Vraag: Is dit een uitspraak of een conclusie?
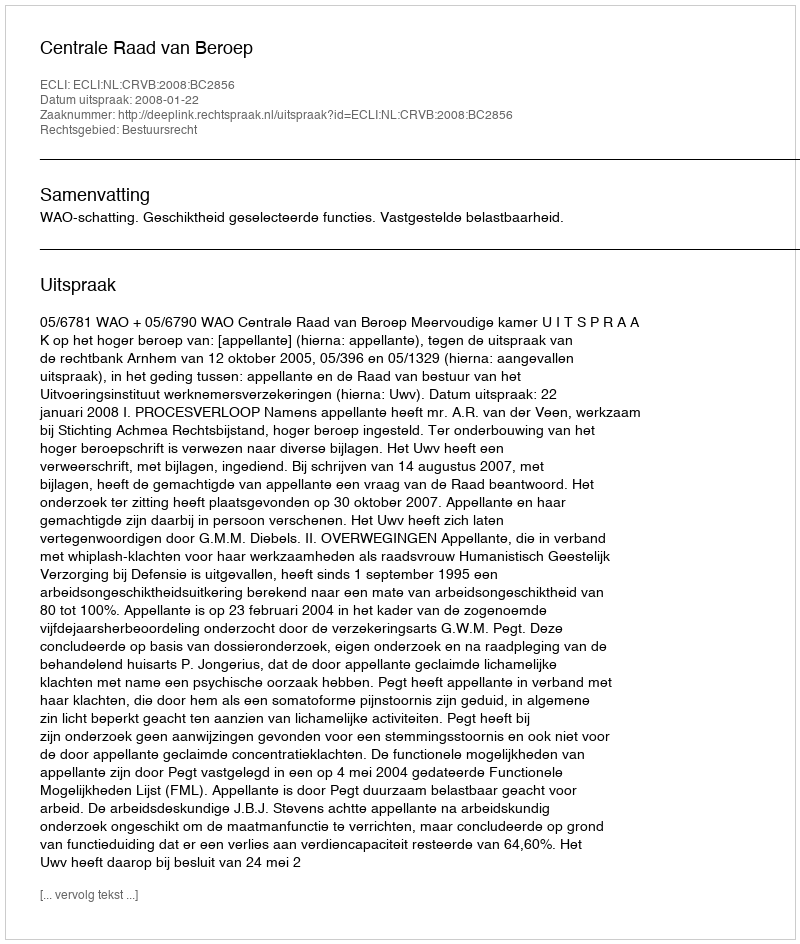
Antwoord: Uitspraak